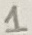
Text: 1